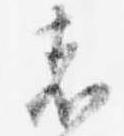
者